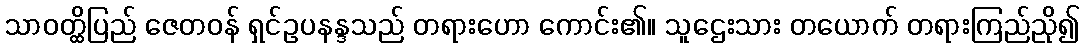
သာဝတ္ထိပြည် ဇေတဝန် ရှင်ဥပနန္ဒသည် တရားဟော ကောင်း၏။ သူဌေးသား တယောက် တရားကြည်ညို၍